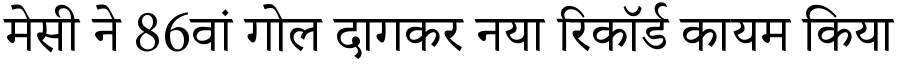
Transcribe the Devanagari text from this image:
मेसी ने 86वां गोल दागकर नया रिकॉर्ड कायम किया